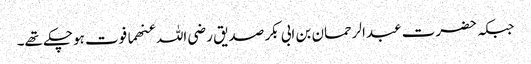
جبکہ حضرت عبدالرحمان بن ابی بکر صدیق رضی اللہ عنھما فوت ہوچکے تھے۔